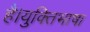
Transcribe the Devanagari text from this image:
है।युक्तिभाषा